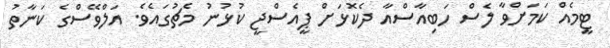
ޓީމެއް ކަމަށްވާ ލެސް ހަބިއާސްއާ ދެކޮޅަށް ޕީއެސްޖީ ކުޅުނު މެޗުގައެވެ. އަލްވޭސްގެ ކަނާތު